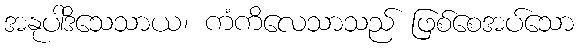
အနုပါဒိသေသာယ၊ ကံကိလေသာသည် ဖြစ်စေအပ်သော